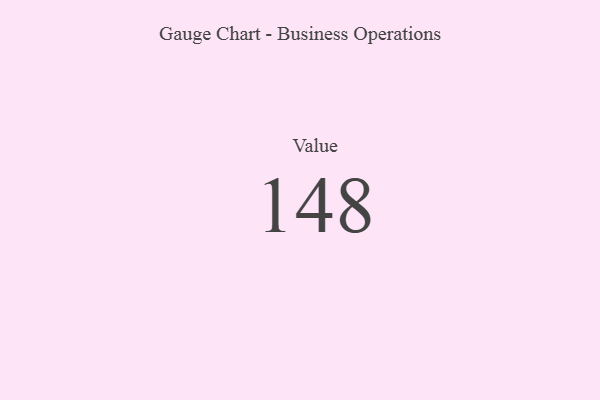
{"axis": {"x": "Metric", "y": "Value"}, "legend": [""], "data": [{"x": "Value", "y": 148, "type": ""}]}